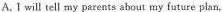
A.I will tell my parents about my future plan.